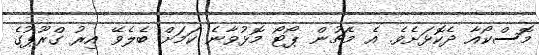
މޮސްކޯއާ ދެކޮޅަށެވެ. އެ މެޗުން ޕޯޓޯ މޮޅުވާނެ ކަމަށް ބެލެވޭ އިރު ގްރޫޕުގެ